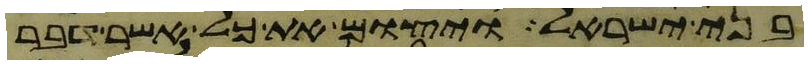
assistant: בני ישראל ויצום את כל אשר דבר